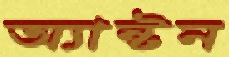
অ্যান্টন